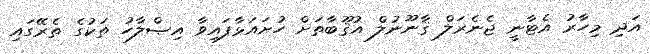
އަދި މިހާރު އެޓާނީ ޖެނެރަލް ޤާނޫނުލް އުޤޫބާތަށް ހުށައަޅާފައިވާ އިޞްލާހު ތަކުގެ ތެރޭގައި